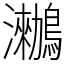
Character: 𪆵